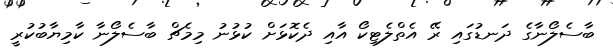
ބާސެލޯނާގެ ދަނޑުގައި ރޭ އެތްލެޓިކޯ އާއި ދެކޮޅަށް ކުޅުނު މިމެޗް ބާސެލޯނާ ކާމިޔާބުކުރީ